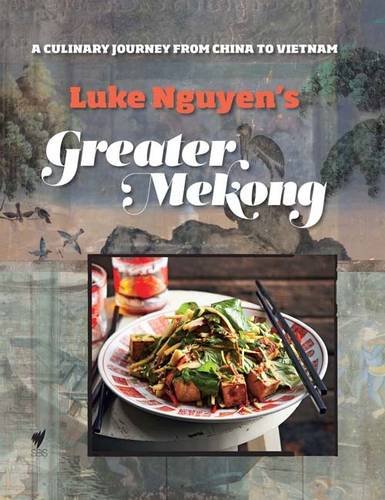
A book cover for Luke Nguyen's Greater Mekong: A Culinary Journey from China to Vietnam; Luke Nguyen; Cookbooks, Food & Wine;